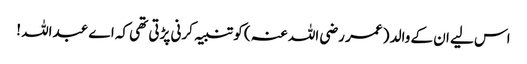
اس لیے ان کے والد ( عمر رضی اللہ عنہ ) کو تنبیہ کرنی پڑتی تھی کہ اے عبداللہ !